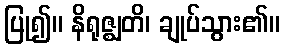
ပြု၍။ နိရုဇ္ဈတိ၊ ချုပ်သွား၏။